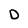
Character: D